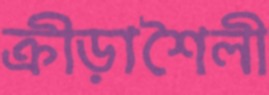
ক্রীড়াশৈলী